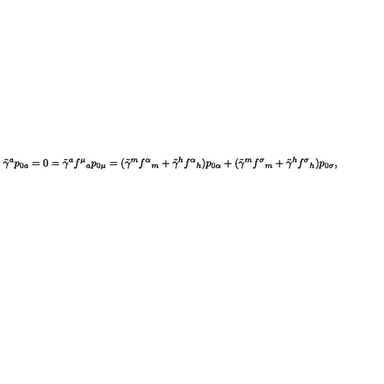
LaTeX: \tilde { \gamma } ^ { a } p _ { 0 a } = 0 = \tilde { \gamma } ^ { a } f ^ { \mu } { } _ { a } p _ { 0 \mu } = ( \tilde { \gamma } ^ { m } f ^ { \alpha } { } _ { m } + \tilde { \gamma } ^ { h } f ^ { \alpha } { } _ { h } ) p _ { 0 \alpha } + ( \tilde { \gamma } ^ { m } f ^ { \sigma } { } _ { m } + \tilde { \gamma } ^ { h } f ^ { \sigma } { } _ { h } ) p _ { 0 \sigma } ,